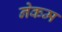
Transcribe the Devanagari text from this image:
नेकम